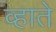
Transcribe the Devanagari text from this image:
व्हाते